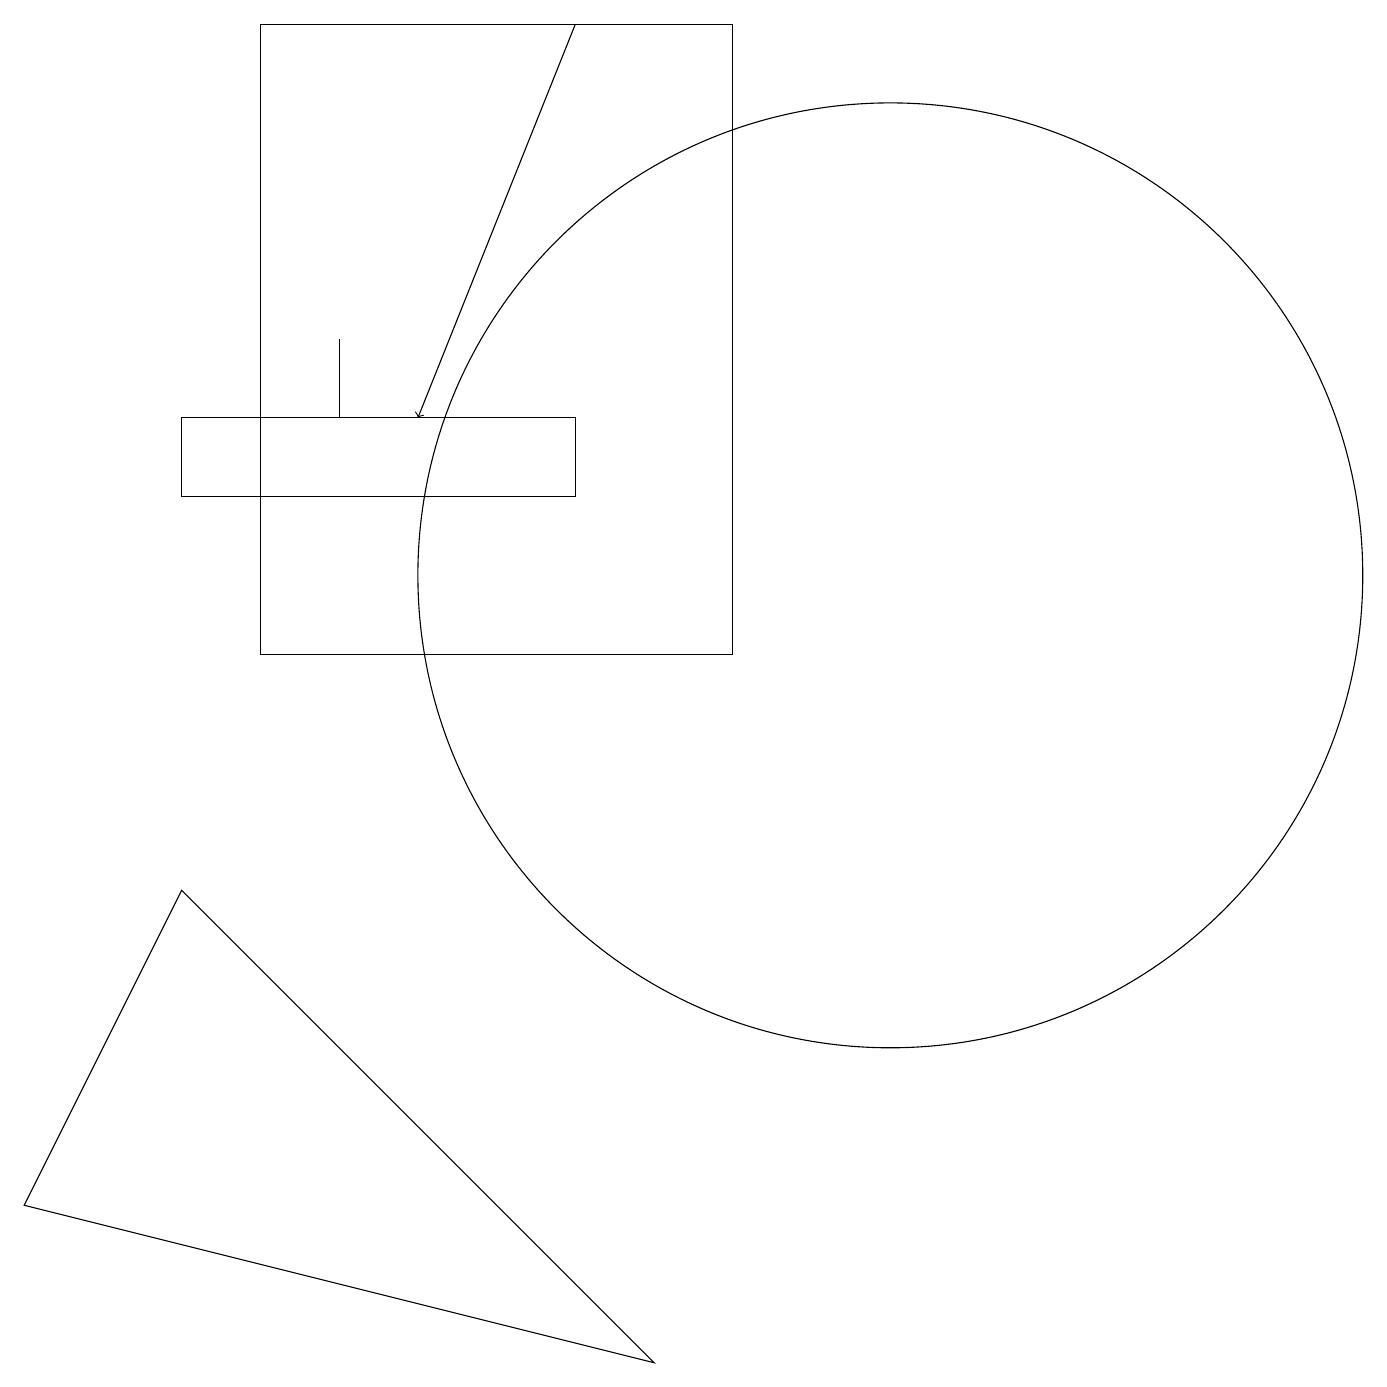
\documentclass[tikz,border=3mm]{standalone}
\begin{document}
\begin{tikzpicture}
\draw (9,10) rectangle (3,18);
\draw[->] (7,18) -- (5,13);
\draw (4,14) rectangle (4,13);
\draw (11,11) circle (6);
\draw (8,1) -- (0,3) -- (2,7) -- cycle;
\draw (2,13) rectangle (7,12);
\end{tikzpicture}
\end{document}